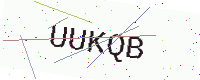
Text: UUKQB